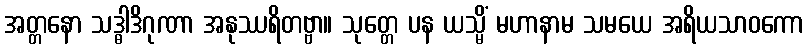
အတ္တနော သဒ္ဓါဒိဂုဏာ အနုဿရိတဗ္ဗာ။ သုတ္တေ ပန ယသ္မိံ မဟာနာမ သမယေ အရိယသာဝကော